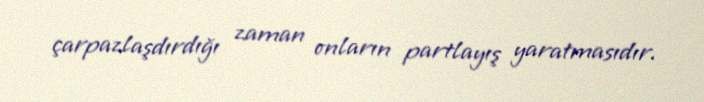
çarpazlaşdırdığı zaman onların partlayış yaratmasıdır.